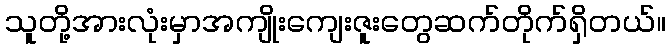
သူတို့အားလုံးမှာအကျိုးကျေးဇူးတွေဆက်တိုက်ရှိတယ်။